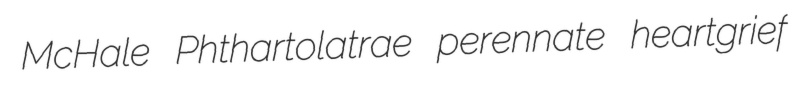
McHale Phthartolatrae perennate heartgrief